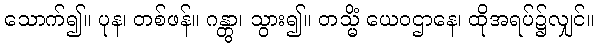
သောက်၍။ ပုန၊ တစ်ဖန်။ ဂန္တွာ၊ သွား၍။ တသ္မိံ ယေဝဌာနေ၊ ထိုအရပ်၌လျှင်။